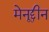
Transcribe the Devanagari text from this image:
मेनूद्दीन